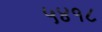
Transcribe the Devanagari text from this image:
५४१८